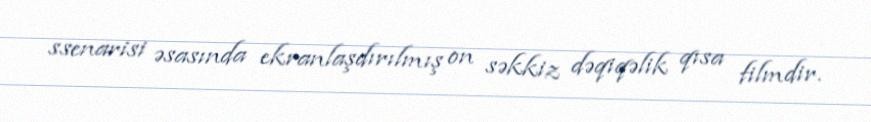
ssenarisi əsasında ekranlaşdırılmış on səkkiz dəqiqəlik qısa filmdir.